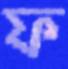
ফ